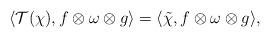
LaTeX: \begin{align*}\langle \mathcal T(\chi), f\otimes \omega \otimes g\rangle = \langle \tilde{\chi}, f\otimes \omega \otimes g\rangle,\end{align*}